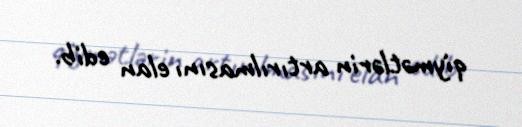
qiymətlərin artırılmasını elan edib.